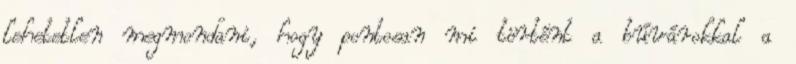
lehetetlen megmondani, hogy pontosan mi történt a búvárokkal a